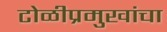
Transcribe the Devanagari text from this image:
टोळीप्रमुखांचा